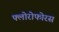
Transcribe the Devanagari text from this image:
फ्लोरोफोरस